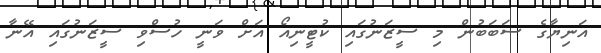
އަނިޔާގެ ސަބަބުން މި ސީޒަނުގައި ކުޓީނިއޯ އަށް ވަނީ ހުސްވި ސީޒަނުގައި އޭނާ